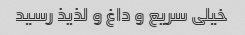
خیلی سریع و داغ و لذیذ رسید